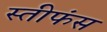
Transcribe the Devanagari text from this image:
स्तीफंस